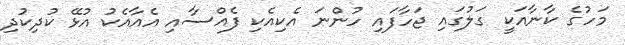
މަހުގެ ކާނާއަކީ ގަލުގައި ޖަހާފައި ހުންނަ އެކިއެކި ފެއްސާއި އެއާއެކު އުޅޭ ކުދިކުދި